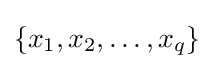
\{x_{1},x_{2},\dots ,x_{q}\}